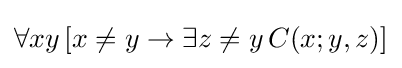
\forall xy\,[x\neq y\rightarrow \exists z\neq y\,C(x;y,z)]